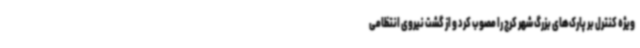
ویژه کنترل بر پارک‌های بزرگ شهر کرج را مصوب کرد و از گشت نیروی انتظامی